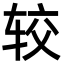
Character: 较